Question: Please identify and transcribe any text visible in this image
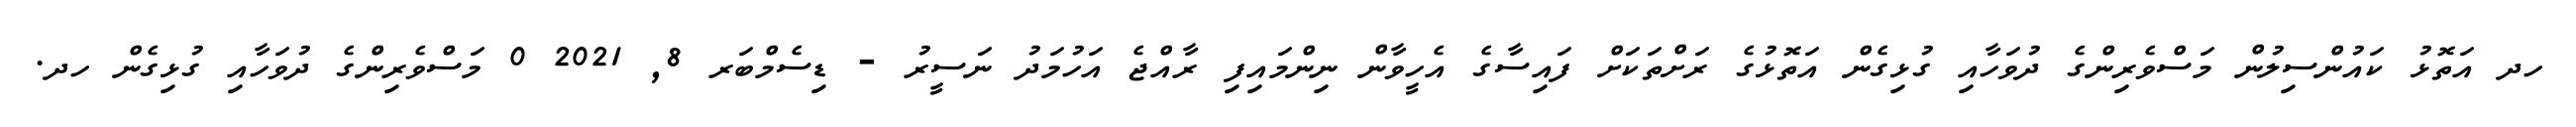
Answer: ހދ އަތޮޅު ކައުންސިލުން މަސްވެރިންގެ ދުވަހާއި ގުޅިގެން އަތޮޅުގެ ރަށްތަކަށް ފައިސާގެ އެހީވާން ނިންމައިފި ރާއްޖެ އަހުމަދު ނަސީރު - ޑިސެމްބަރ 8, 2021 0 މަސްވެރިންގެ ދުވަހާއި ގުޅިގެން ހދ.